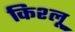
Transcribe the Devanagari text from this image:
किश्लू